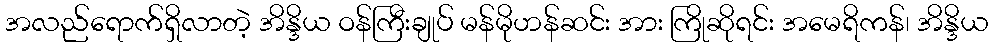
အလည်ရောက်ရှိလာတဲ့ အိန္ဒိယ ဝန်ကြီးချုပ် မန်မိုဟန်ဆင်း အား ကြိုဆိုရင်း အမေရိကန်၊ အိန္ဒိယ